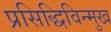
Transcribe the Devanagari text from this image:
प्रसिद्धिविन्मुख